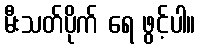
မီးသတ်ပိုက် ရေ ဖွင့်ပါ။